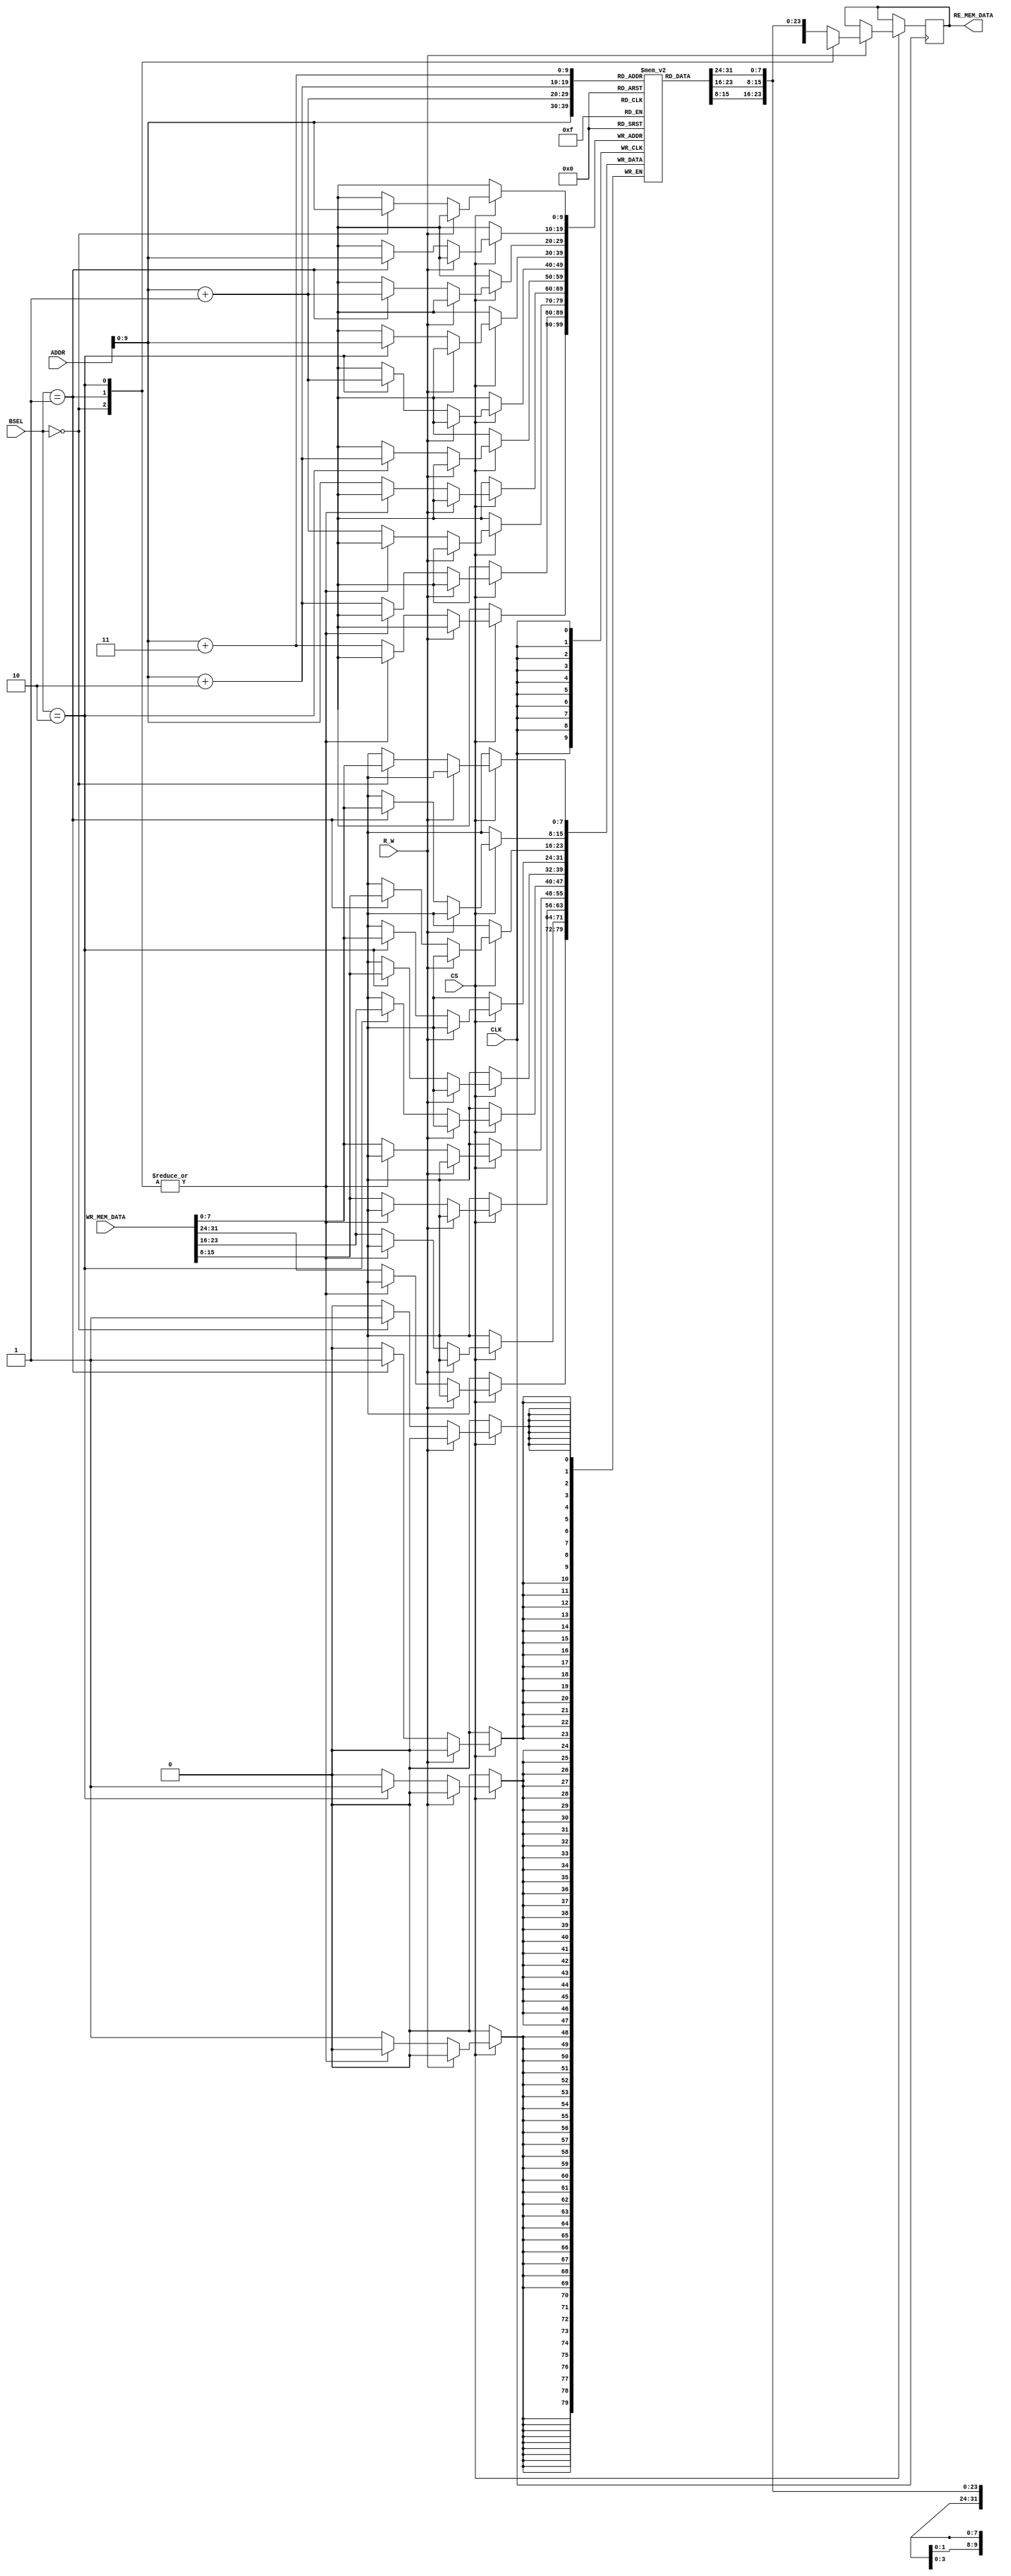
module Memory (ADDR, CS, CLK, R_W, BSEL, WR_MEM_DATA, RE_MEM_DATA);

   input  [31:0]WR_MEM_DATA;
   input  [1:0]BSEL;
   input  [31:0] ADDR;
   input  CLK,CS,R_W;
   output reg [31:0]RE_MEM_DATA;
    


     reg [7:0] mem [0:(2**10)-1];

   //reg [31:0] temp1,temp2;

   parameter init_file_select = 0;
    	
     initial
         begin
	 if(init_file_select ==1)
               $readmemh("x_indirect.txt",mem,0,1023);
         else if(init_file_select == 2)
	       $readmemh("mem_y.txt",mem,0,1023);
         end

     //assign RE_MEM_DATA = IN_reg  ? temp2 : temp1 ; 


    always @(posedge CLK) begin
     if(CS) begin
      if (R_W==1'b0) begin
        case (BSEL)
         2'b00:    mem[ADDR] <= WR_MEM_DATA[7:0];
         2'b01:   {mem[ADDR+1], mem[ADDR]} <= WR_MEM_DATA[15:0];
         2'b10:   {mem[ADDR+2], mem[ADDR+1], mem[ADDR]} <= WR_MEM_DATA[23:0];
         default: {mem[ADDR+3], mem[ADDR+2], mem[ADDR+1], mem[ADDR]} <= WR_MEM_DATA ;
        endcase
      end

    else if (R_W==1'b1) begin
       case (BSEL)
       2'b00:  RE_MEM_DATA = {24'dx,mem[ADDR]};
       2'b01:  RE_MEM_DATA <= {16'dx,mem[ADDR+1], mem[ADDR]};
       2'b10:  RE_MEM_DATA <= {8'dx,mem[ADDR+2], mem[ADDR+1], mem[ADDR]};
       default: RE_MEM_DATA <= {mem[ADDR+3], mem[ADDR+2], mem[ADDR+1], mem[ADDR]} ;
      endcase
    end
  end
  end

endmodule